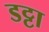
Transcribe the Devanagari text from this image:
डट्टा